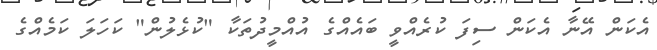
އެކަން އޭނާ އެކަން ސިފަ ކުރެއްވީ ބައެއްގެ އުއްމީދުތަކާ "ކުޅެލުން" ކަހަލަ ކަމެއްގެ